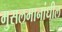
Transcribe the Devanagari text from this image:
मुसलमानांधील